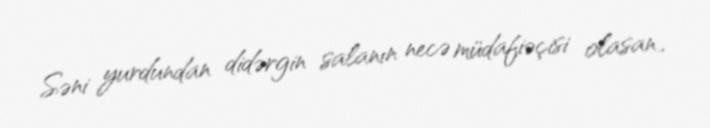
Səni yurdundan didərgin salanın necə müdafiəçisi olasan..